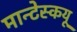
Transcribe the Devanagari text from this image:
मान्टेस्कयू